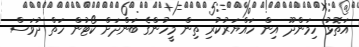
އަތޮޅު ހިމަންދޫ އިން ހައްޔަރުކުރި ތިން މީހުންގެ ބަންދަށް ކޯޓުން ހަތް ދުވަސް